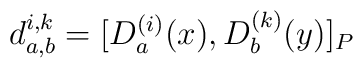
d_{a, b}^{i, k} = [D_{a}^{(i)}(x), D_{b}^{(k)}(y)]_{P}